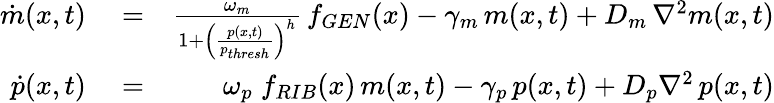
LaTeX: \begin{array}{rlr}{\dot{m}(x,t)}&{{}=}&{\frac{\omega_{m}}{1+\left(\frac{p(x,t)}{p_{thresh}}\right)^{h}}\, f_{GEN}(x)-\gamma_{m}\, m(x,t)+D_{m}\, \nabla^{2}m(x,t)}\\ {\dot{p}(x,t)}&{{}=}&{\omega_{p}\; f_{RIB}(x)\, m(x,t)-\gamma_{p}\, p(x,t)+D_{p}\nabla^{2}\, p(x,t)}\end{array}